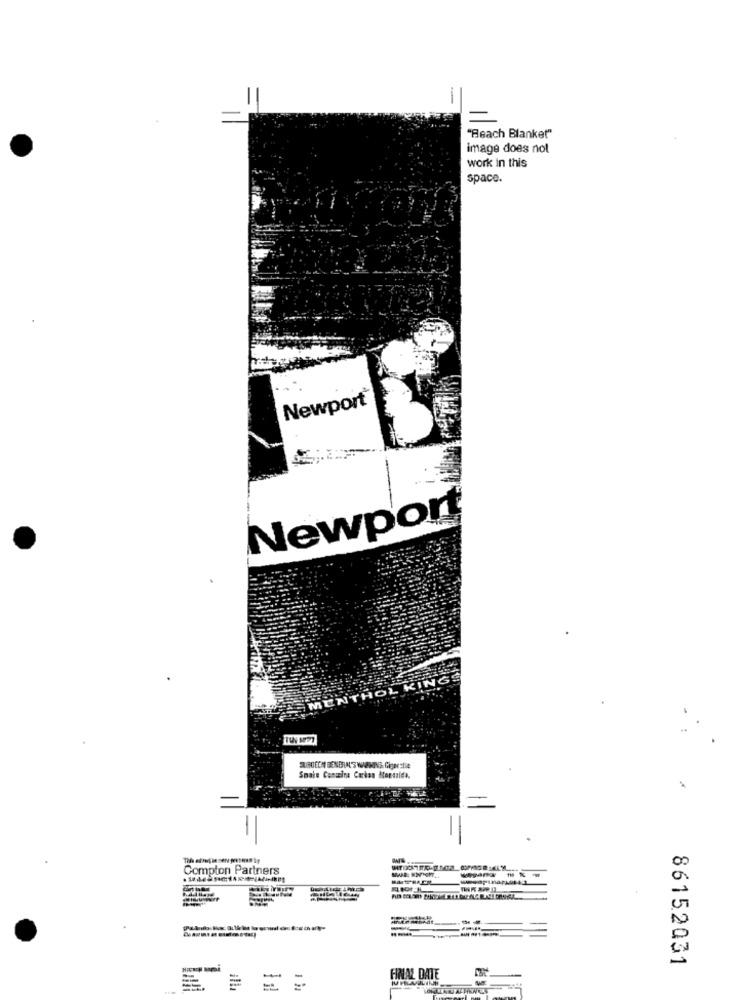
-
"Beach Blanket"
image does not
work in this
space.
Newport
Newpor
OL
Smale Cantina Carlos Menssida.
-
Compton Partners
--
-
86152031
FINAL DATE
= =